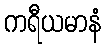
ကရီယမာနံ